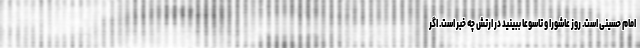
امام حسینی است. روز عاشورا و تاسوعا ببینید در ارتش چه خبر است. اگر